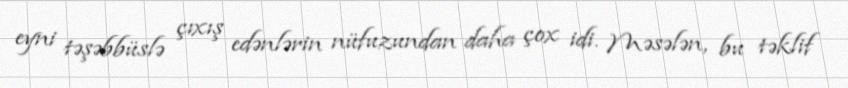
eyni təşəbbüslə çıxış edənlərin nüfuzundan daha çox idi. Məsələn, bu təklif